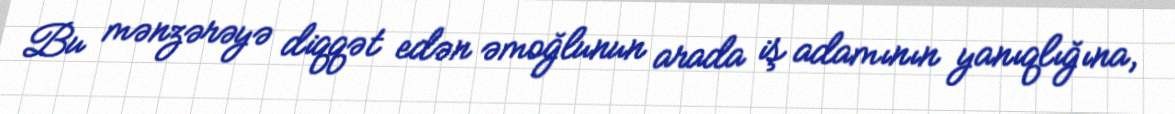
Bu mənzərəyə diqqət edən əmoğlunun arada iş adamının yanıqlığına,